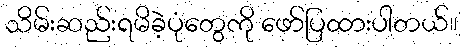
သိမ်းဆည်းရမိခဲ့ပုံတွေကို ဖော်ပြထားပါတယ်။